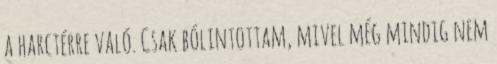
a harctérre való. Csak bólintottam, mivel még mindig nem